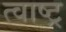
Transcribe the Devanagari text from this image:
त्वाष्ट्र